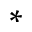
^ *